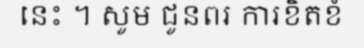
នេះ ។ សូម ជូនពរ ការខិតខំ